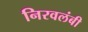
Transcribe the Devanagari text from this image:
निरवलंबी